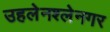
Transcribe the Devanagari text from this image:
उहलेनश्लेनगर